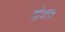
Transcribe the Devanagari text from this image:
गोक्फ़